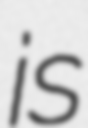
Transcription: is